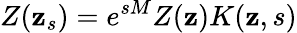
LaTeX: Z(\mathbf{z}_{s})=e^{sM}Z(\mathbf{z})K(\mathbf{z},s)